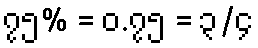
၇၅% = ၀.၇၅ = ၃/၄